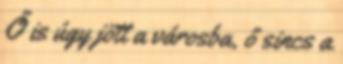
Ő is úgy jött a városba, ő sincs a